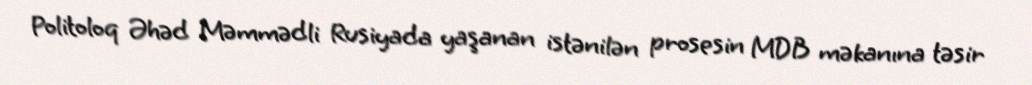
Politoloq Əhəd Məmmədli Rusiyada yaşanan istənilən prosesin MDB məkanına təsir